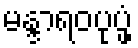
မန္ဒာရဝပုပ္ဖံ